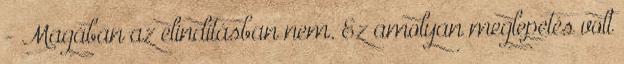
- Magában az elindításban nem. Ez amolyan meglepetés volt